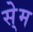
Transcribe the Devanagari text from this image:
से्म